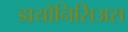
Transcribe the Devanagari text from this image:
डायोनिसिअस